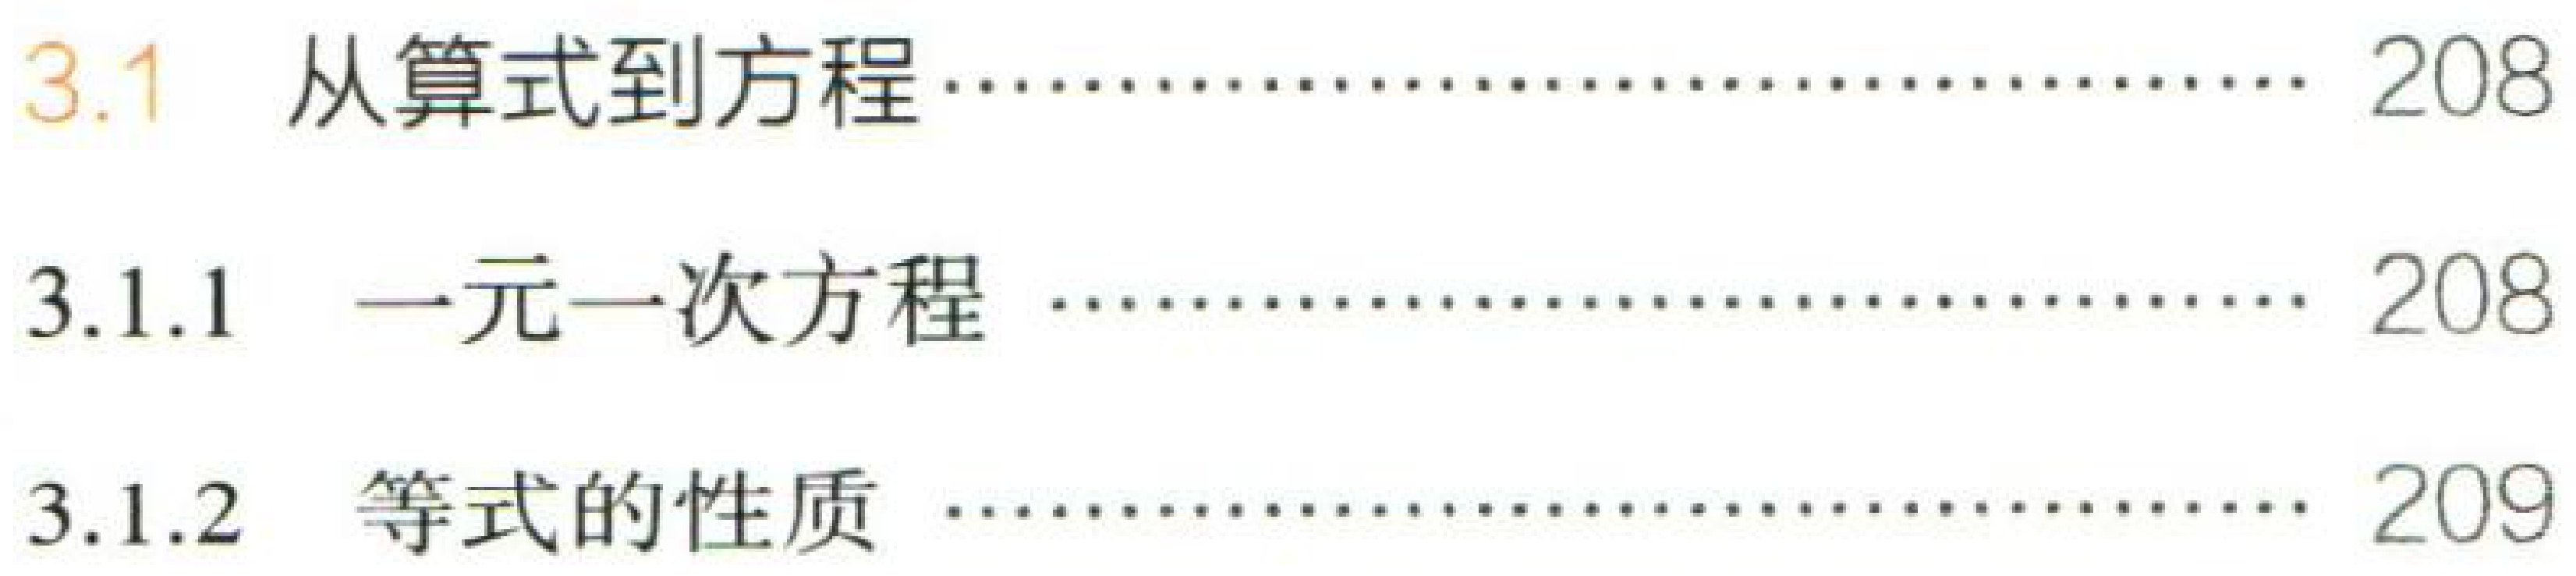
3.1 从算式到方程……………………………… 208

3.1.1 一元一次方程 ……………………………… 208

3.1.2 等式的性质 ………………………………… 209